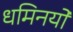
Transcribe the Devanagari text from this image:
धमिनयों